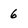
Character: 6